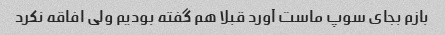
بازم بجای سوپ ماست آورد قبلا هم گفته بودیم ولی افاقه نکرد